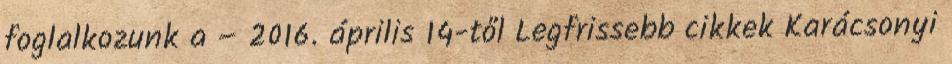
foglalkozunk a – 2016. április 14-től Legfrissebb cikkek Karácsonyi